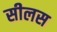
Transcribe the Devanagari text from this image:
सीलस